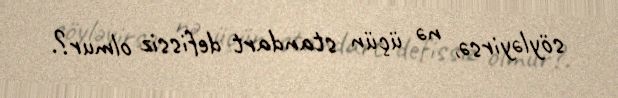
söyləyirsə, nə üçün standart defissiz olmur?.